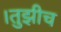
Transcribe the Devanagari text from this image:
।तुझीच